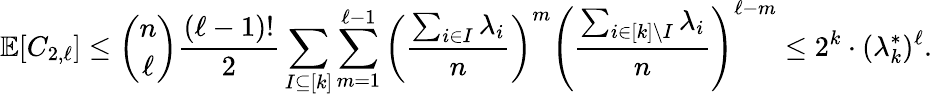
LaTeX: \mathbb E[C_{2,\ell}]\le\binom{n}{\ell}\frac{(\ell-1)!}{2}\sum_{I\subseteq[k]}\sum_{m=1}^{\ell-1}\left(\frac{\sum_{i\in I}\lambda_{i}}{n}\right)^{m}\left(\frac{\sum_{i\in[k]\setminus I}\lambda_{i}}{n}\right)^{\ell-m}\le 2^{k}\cdot(\lambda_{k}^{*})^{\ell}.